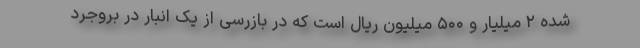
شده ۲ میلیار و ۵۰۰ میلیون ریال است که در بازرسی از یک انبار در بروجرد